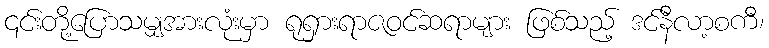
၎င်းတို့ပြောသမျှအားလုံးမှာ ရုရှားရာဇဝင်ဆရာများ ဖြစ်သည့် ဒင်နီလာ့စကီ၊